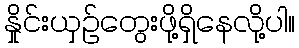
နှိုင်းယှဉ်တွေးဖို့ရှိနေလို့ပါ။